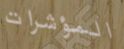
المؤشرات